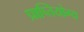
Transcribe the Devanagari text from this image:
प्राप्तियोग्य